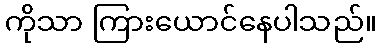
ကိုသာ ကြားယောင်နေပါသည်။